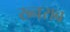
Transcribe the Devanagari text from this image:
ख्नराब